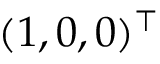
( 1 , 0 , 0 ) ^ { \top }